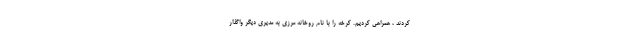
کردند ، همراهی کردیم. کرخه را با نام روخانه مرزی به مدیری دیگر واگذار